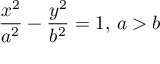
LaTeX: { \frac { x ^ { 2 } } { a ^ { 2 } } } - { \frac { y ^ { 2 } } { b ^ { 2 } } } = 1 , \, a > b